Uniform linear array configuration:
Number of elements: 48
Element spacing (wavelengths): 0.5
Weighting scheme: exponential
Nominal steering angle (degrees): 15
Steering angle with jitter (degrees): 13.657
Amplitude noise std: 0.05
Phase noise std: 0.05

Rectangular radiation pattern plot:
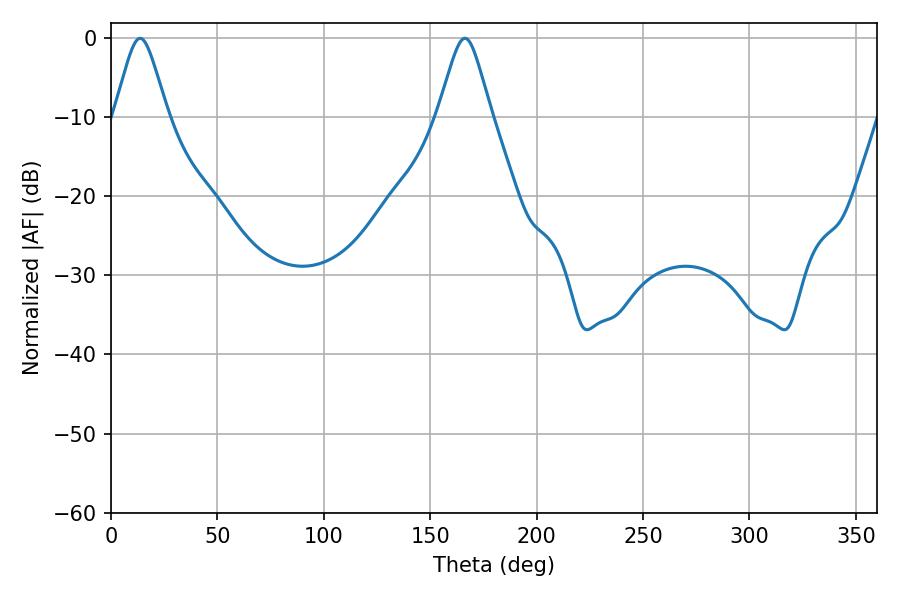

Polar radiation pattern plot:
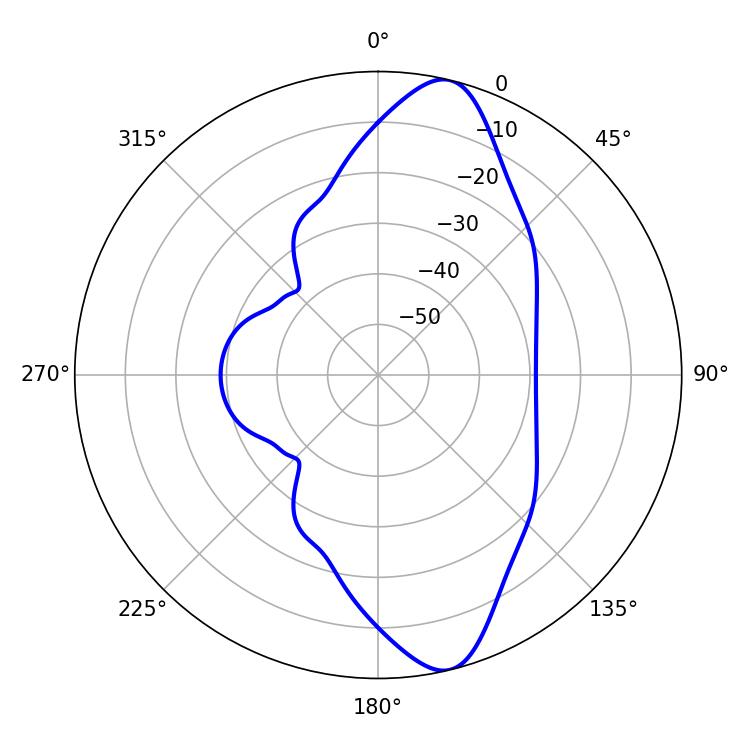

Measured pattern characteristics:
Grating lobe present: FALSE
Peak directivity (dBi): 11.911
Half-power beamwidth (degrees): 12.06
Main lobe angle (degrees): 13.68